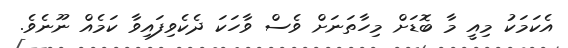
އެކަމަކު މިއީ މާ ބޮޑަށް މިހާތަނަށް ވެސް ވާހަކަ ދެކެވިފައިވާ ކަމެއް ނޫނެވެ.